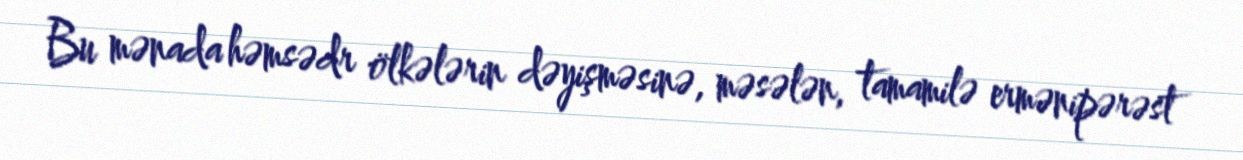
Bu mənada həmsədr ölkələrin dəyişməsinə, məsələn, tamamilə ermənipərəst